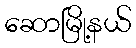
ဆောမြို့နယ်